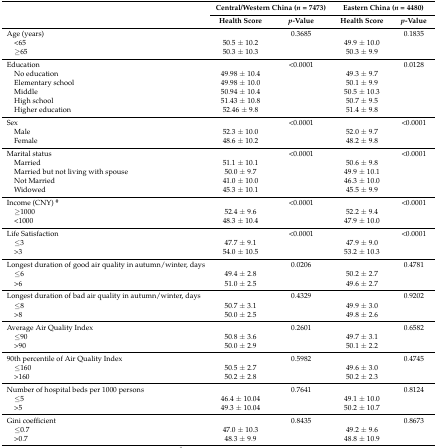
<table><thead><tr><td></td><td colspan="2"><b>Central/Western China (<i>n</i> = 7473)</b></td><td colspan="2"><b>Eastern China (<i>n</i> = 4480)</b></td></tr><tr><td></td><td><b>Health Score</b></td><td><b><i>p</i>-Value</b></td><td><b>Health Score</b></td><td><b><i>p</i>-Value</b></td></tr></thead><tbody><tr><td>Age (years)</td><td></td><td>0.3685</td><td></td><td>0.1835</td></tr><tr><td> &lt;65</td><td>50.5 ± 10.2</td><td></td><td>49.9 ± 10.0</td><td></td></tr><tr><td> ≥65</td><td>50.3 ± 10.3</td><td></td><td>50.3 ± 9.9</td><td></td></tr><tr><td>Education </td><td></td><td>&lt;0.0001</td><td></td><td>0.0128</td></tr><tr><td> No education</td><td>49.98 ± 10.4</td><td></td><td>49.3 ± 9.7</td><td></td></tr><tr><td> Elementary school </td><td>49.98 ± 10.0</td><td></td><td>50.1 ± 9.9</td><td></td></tr><tr><td> Middle </td><td>50.94 ± 10.4</td><td></td><td>50.5 ± 10.3</td><td></td></tr><tr><td> High school </td><td>51.43 ± 10.8</td><td></td><td>50.7 ± 9.5</td><td></td></tr><tr><td> Higher education </td><td>52.46 ± 9.8</td><td></td><td>51.4 ± 9.8</td><td></td></tr><tr><td>Sex</td><td></td><td>&lt;0.0001</td><td></td><td>&lt;0.0001</td></tr><tr><td> Male</td><td>52.3 ± 10.0</td><td></td><td>52.0 ± 9.7</td><td></td></tr><tr><td> Female</td><td>48.6 ± 10.2</td><td></td><td>48.2 ± 9.8</td><td></td></tr><tr><td>Marital status</td><td></td><td>&lt;0.0001</td><td></td><td>&lt;0.0001</td></tr><tr><td> Married</td><td>51.1 ± 10.1</td><td></td><td>50.6 ± 9.8</td><td></td></tr><tr><td> Married but not living with spouse</td><td>50.0 ± 9.7</td><td></td><td>49.9 ± 10.1</td><td></td></tr><tr><td> Not Married</td><td>41.0 ± 10.0</td><td></td><td>46.3 ± 10.0</td><td></td></tr><tr><td> Widowed</td><td>45.3 ± 10.1</td><td></td><td>45.5 ± 9.9</td><td></td></tr><tr><td>Income (CNY) <sup>#</sup></td><td></td><td>&lt;0.0001</td><td></td><td>&lt;0.0001</td></tr><tr><td> ≥1000</td><td>52.4 ± 9.6</td><td></td><td>52.2 ± 9.4</td><td></td></tr><tr><td> &lt;1000</td><td>48.3 ± 10.4</td><td></td><td>47.9 ± 10.0</td><td></td></tr><tr><td>Life Satisfaction</td><td></td><td>&lt;0.0001</td><td></td><td>&lt;0.0001</td></tr><tr><td> ≤3</td><td>47.7 ± 9.1</td><td></td><td>47.9 ± 9.0</td><td></td></tr><tr><td> &gt;3</td><td>54.0 ± 10.5</td><td></td><td>53.2 ± 10.3</td><td></td></tr><tr><td>Longest duration of good air quality in autumn/winter, days</td><td></td><td>0.0206</td><td></td><td>0.4781</td></tr><tr><td> ≤6</td><td>49.4 ± 2.8</td><td></td><td>50.2 ± 2.7</td><td></td></tr><tr><td> &gt;6</td><td>51.0 ± 2.5</td><td></td><td>49.6 ± 2.7</td><td></td></tr><tr><td>Longest duration of bad air quality in autumn/winter, days</td><td></td><td>0.4329</td><td></td><td>0.9202</td></tr><tr><td> ≤8</td><td>50.7 ± 3.1</td><td></td><td>49.9 ± 3.0</td><td></td></tr><tr><td> &gt;8</td><td>50.0 ± 2.5</td><td></td><td>49.8 ± 2.6</td><td></td></tr><tr><td>Average Air Quality Index</td><td></td><td>0.2601</td><td></td><td>0.6582</td></tr><tr><td> ≤90</td><td>50.8 ± 3.6</td><td></td><td>49.7 ± 3.1</td><td></td></tr><tr><td> &gt;90</td><td>50.0 ± 2.9</td><td></td><td>50.1 ± 2.2</td><td></td></tr><tr><td>90th percentile of Air Quality Index</td><td></td><td>0.5982</td><td></td><td>0.4745</td></tr><tr><td> ≤160</td><td>50.5 ± 2.7</td><td></td><td>49.6 ± 3.0</td><td></td></tr><tr><td> &gt;160</td><td>50.2 ± 2.8</td><td></td><td>50.2 ± 2.3</td><td></td></tr><tr><td>Number of hospital beds per 1000 persons</td><td></td><td>0.7641</td><td></td><td>0.8124</td></tr><tr><td> ≤5</td><td>46.4 ± 10.04</td><td></td><td>49.1 ± 10.0</td><td></td></tr><tr><td> &gt;5</td><td>49.3 ± 10.04</td><td></td><td>50.2 ± 10.7</td><td></td></tr><tr><td>Gini coefficient</td><td></td><td>0.8435</td><td></td><td>0.8673</td></tr><tr><td> ≤0.7</td><td>47.0 ± 10.3</td><td></td><td>49.2 ± 9.6</td><td></td></tr><tr><td> &gt;0.7</td><td>48.3 ± 9.9</td><td></td><td>48.8 ± 10.9</td><td></td></tr></tbody></table>